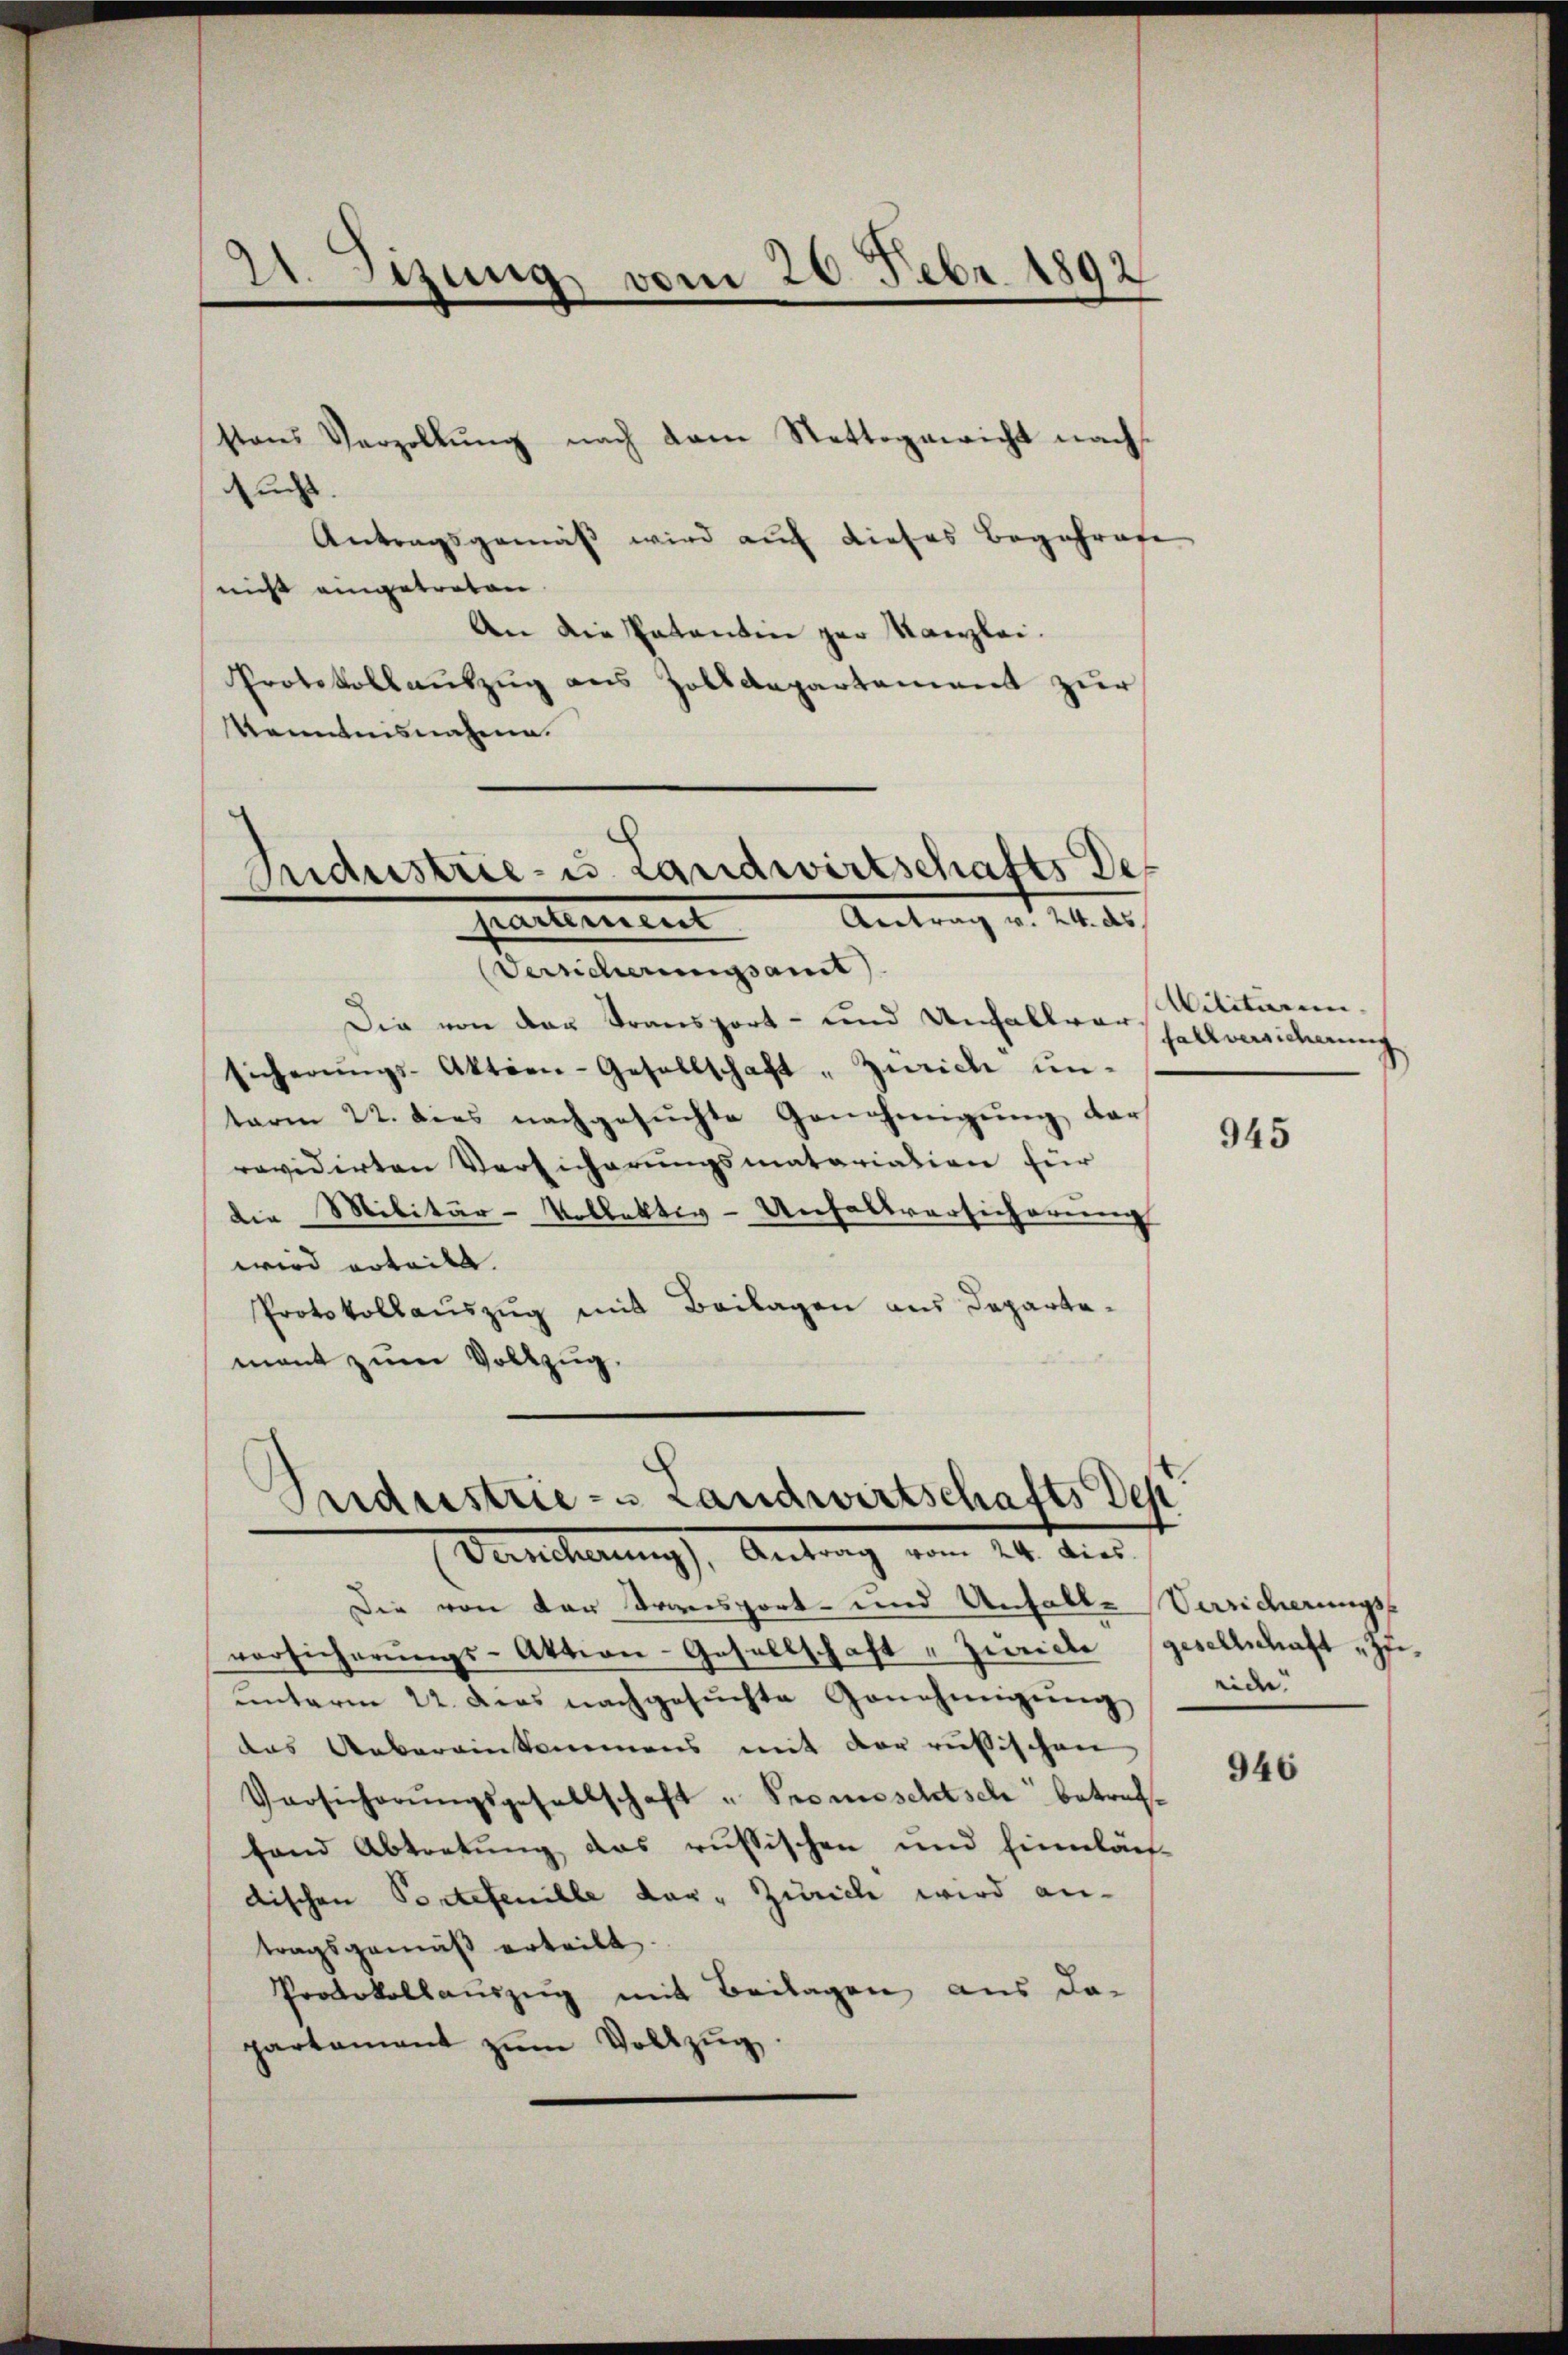
stons Verzollŭng nach dem Stettegericht nach
sucht.
Antragsgemäß wird auf dieses Begehrere
nicht eingetreten.
An die Patentin zur Kanzlei.
Protokollauszug aus Zolldepartement zur
kenntnisnahme.
Industrie- u. Landwirtschafts Def
partement. Antrag v. 24. ds.

21. Sizung vom 20. Febr. 1892

Versicherungsamt
Die von den Transport- und Unfallver
sicherŭngs-Aktien-Gesellschaft „Zürich ŭn-
term 22. dies nachgesuchte Genehmigung der
revidirten Versicherungsmatariation für
die Militär-Kollektiv-Unfallversicherung
wird erteilt.
Protokollauszug mit Beilagen aus Departamant zum Vollzug.

Suiderstrie- u Landwirtschafts Dep
Verncherung), Antrag vom 24. dies

Militarii,
fallversicherung

Die von der Transport- und Unfalle Verricherungs-
versicherŭngs-Aktion-Gesellschaft „Zürich gesellschaft zuunterm 22. ders nachgesŭchte Genehmigŭng
das Uebereinkommens mit der russischen
Versicherŭngsgesellschaft " Promeschisch betreffand Abtretung das russischen und hinnläch-
dischen Portefenille der - Zürich wird antragsgemäß erteilt.
Protokollauszug mit Beilagen aus da-
partament zŭm Vollzŭg.

945

riche.

946